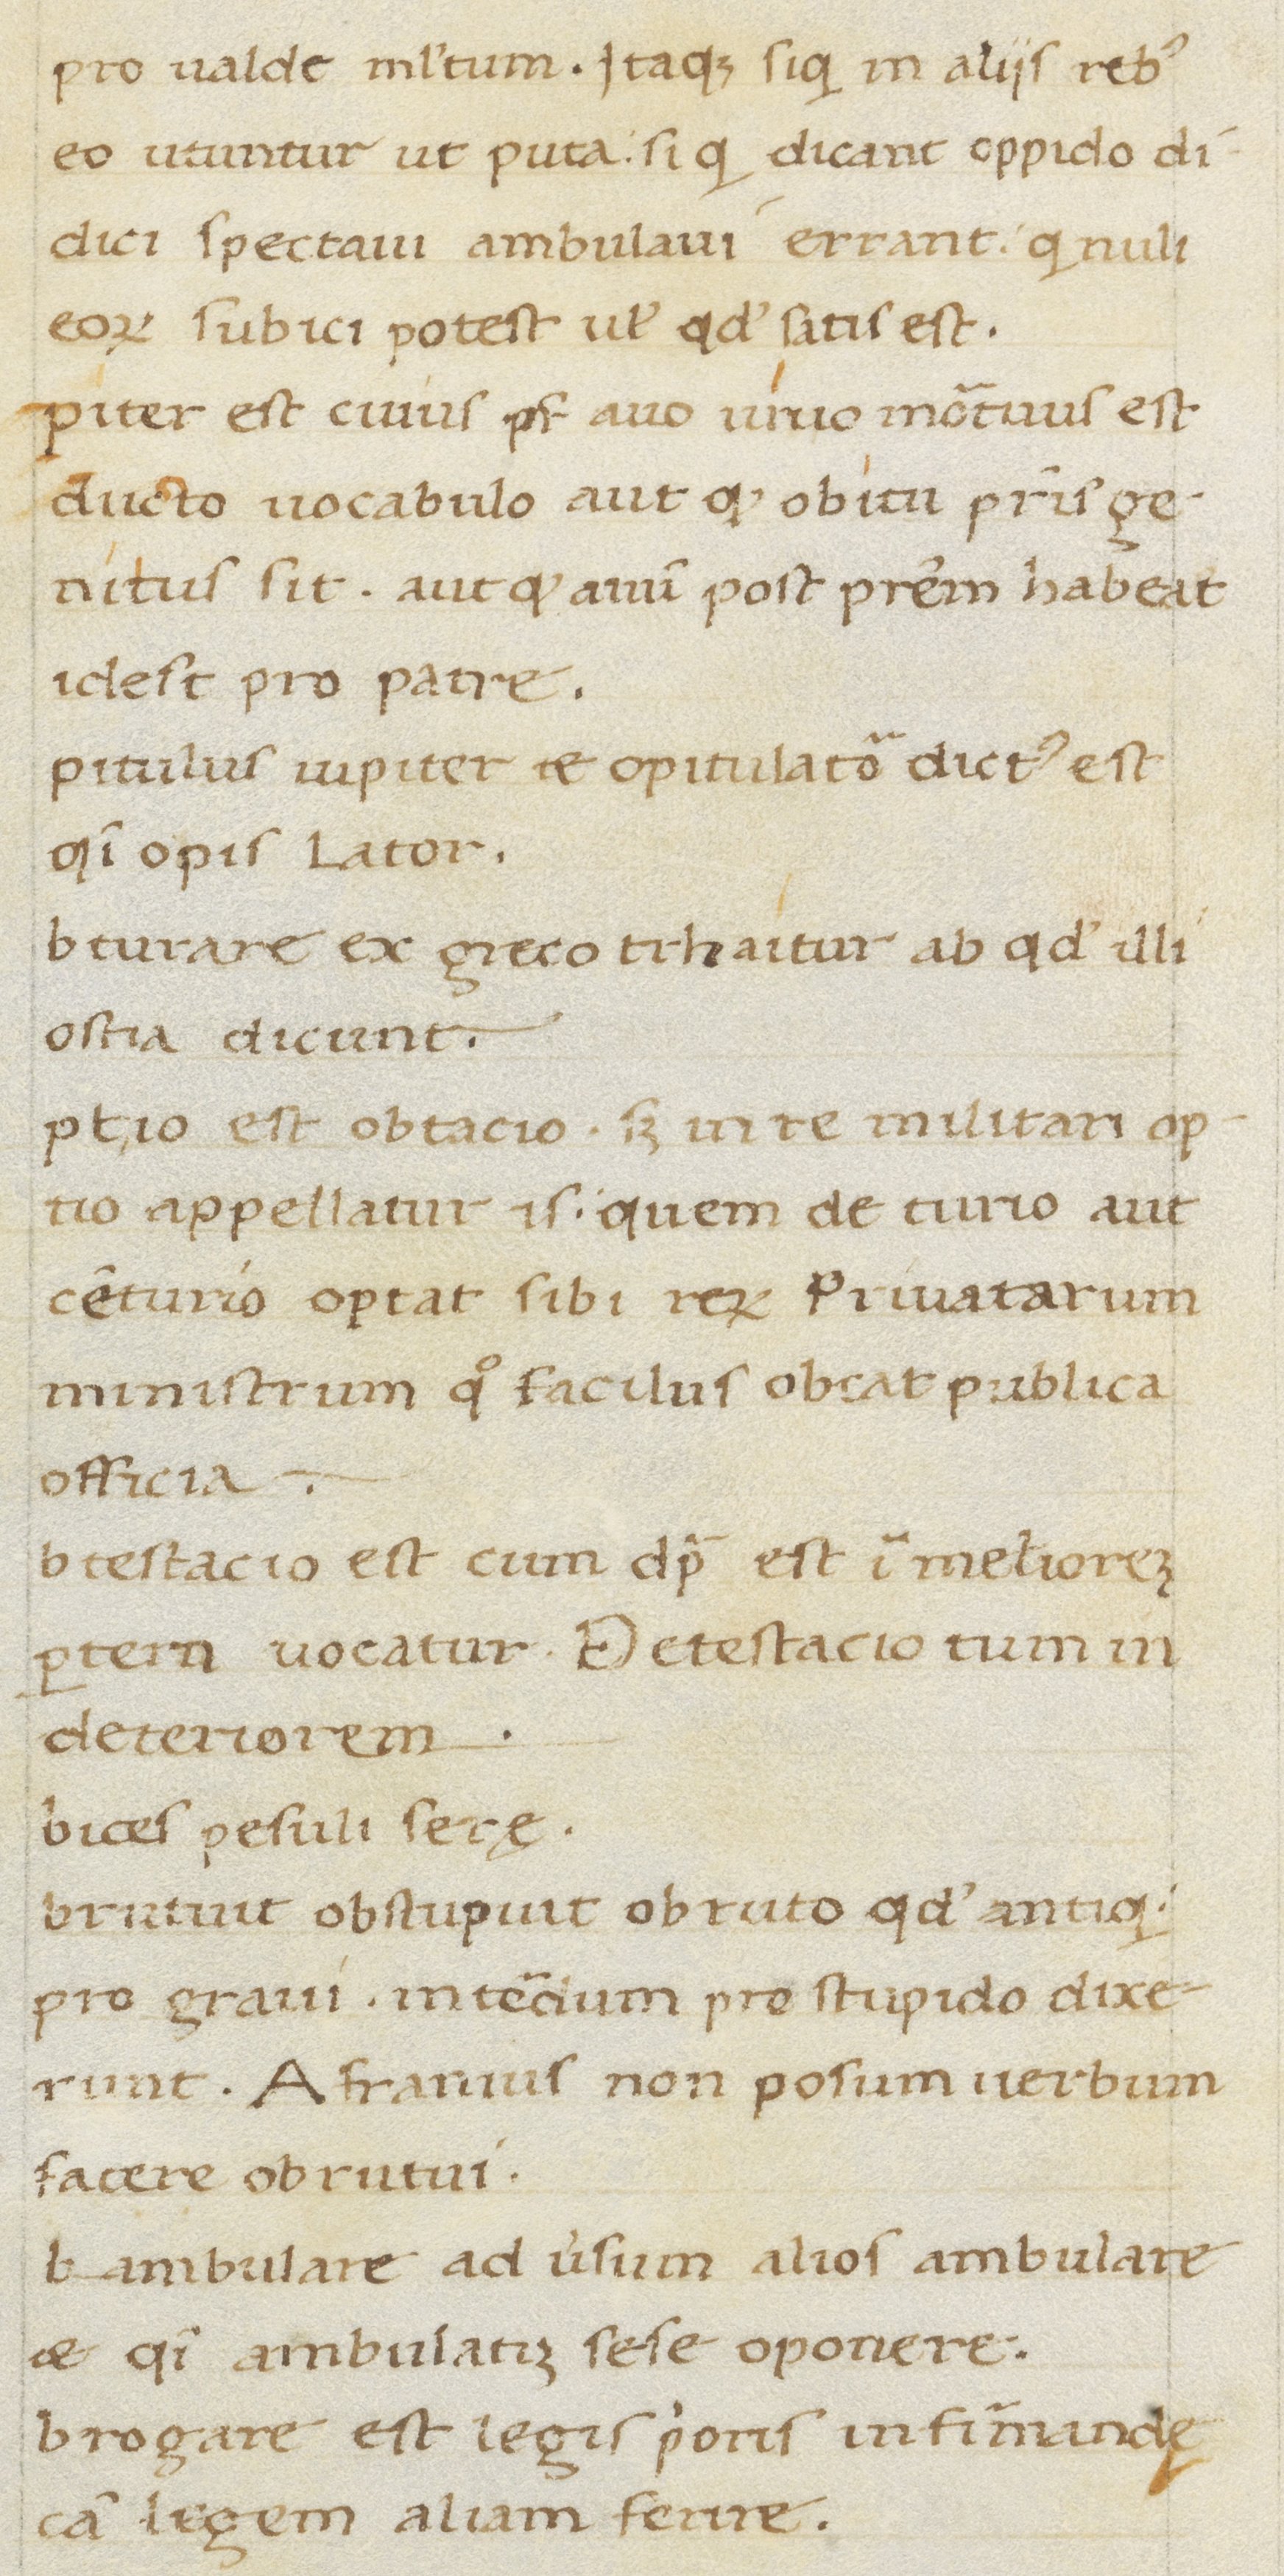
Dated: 1400–1499